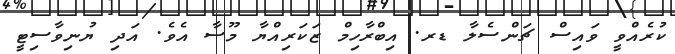
ކުރެއްވީ ވައިސް ޗަންސެލާ ޑރ. އިބްރާހިމް ޒަކަރިއްޔާ މޫސާ އެވެ. އަދި ޔުނިވާސިޓީ